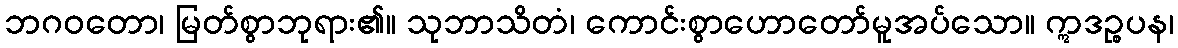
ဘဂဝတော၊ မြတ်စွာဘုရား၏။ သုဘာသိတံ၊ ကောင်းစွာဟောတော်မူအပ်သော။ ဣဒဉ္စပန၊